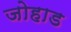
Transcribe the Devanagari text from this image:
जोहाड